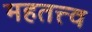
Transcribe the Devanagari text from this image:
महतत्त्व